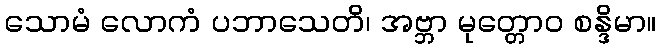
သောမံ လောကံ ပဘာသေတိ၊ အဗ္ဘာ မုတ္တောဝ စန္ဒိမာ။